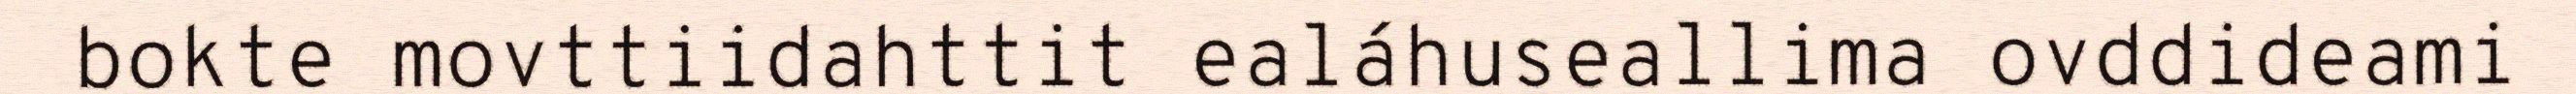
bokte movttiidahttit ealáhuseallima ovddideami